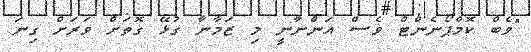
"ވެބް ކޮމްޕޯނެންޓް ވެސް އަންނާނީ މި ޒަމާނާ ގުޅޭ ގޮތަށް ވަރަށް ގިނަ